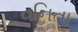
વનિતા